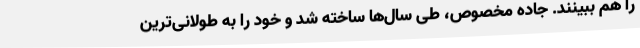
را هم ببینند. جاده مخصوص، طی سال‌ها ساخته شد و خود را به طولانی‌ترین